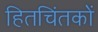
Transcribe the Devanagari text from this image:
हितचिंतकों